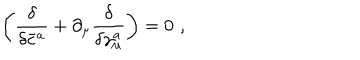
\left( \frac \delta { \delta \bar { c } ^ { a } } + \partial _ { \mu } \frac \delta { \delta \gamma _ { \mu } ^ { a } } \right) = 0 \, \, ,